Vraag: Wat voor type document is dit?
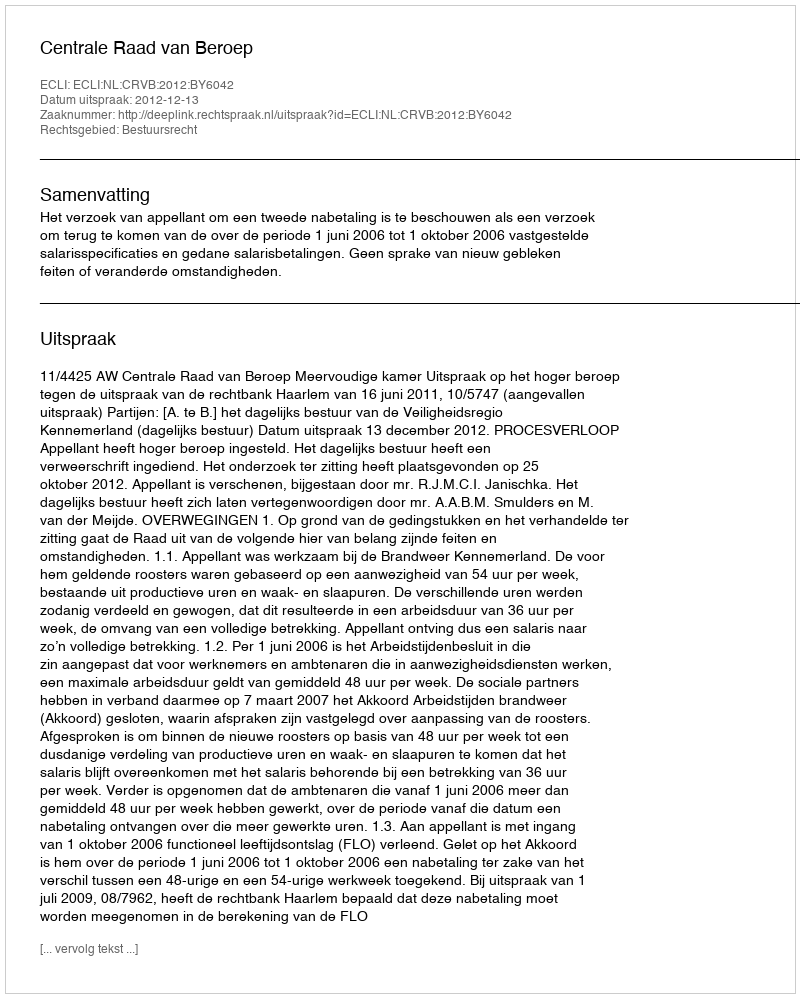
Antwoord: Uitspraak